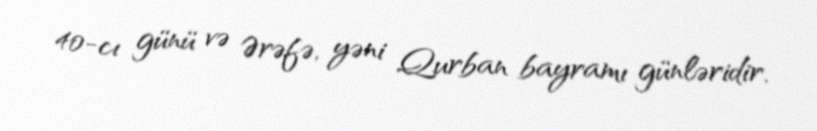
40-cı günü və Ərəfə, yəni Qurban bayramı günləridir.